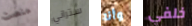
منصت ستراني وأنا خلفي